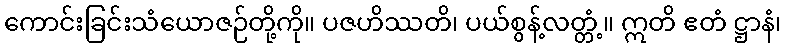
ကောင်းခြင်းသံယောဇဉ်တို့ကို။ ပဇဟိဿတိ၊ ပယ်စွန့်လတ္တံ့။ ဣတိ ဧတံ ဋ္ဌာနံ၊